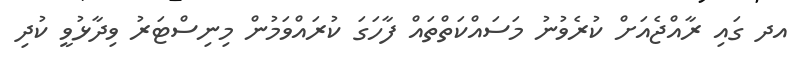
އދ ގައި ރާއްޖެއަށް ކުރެވުނު މަސައްކަތްތައް ފާހަގަ ކުރައްވަމުން މިނިސްޓަރު ވިދާޅުވީ ކުދި